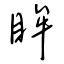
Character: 眸